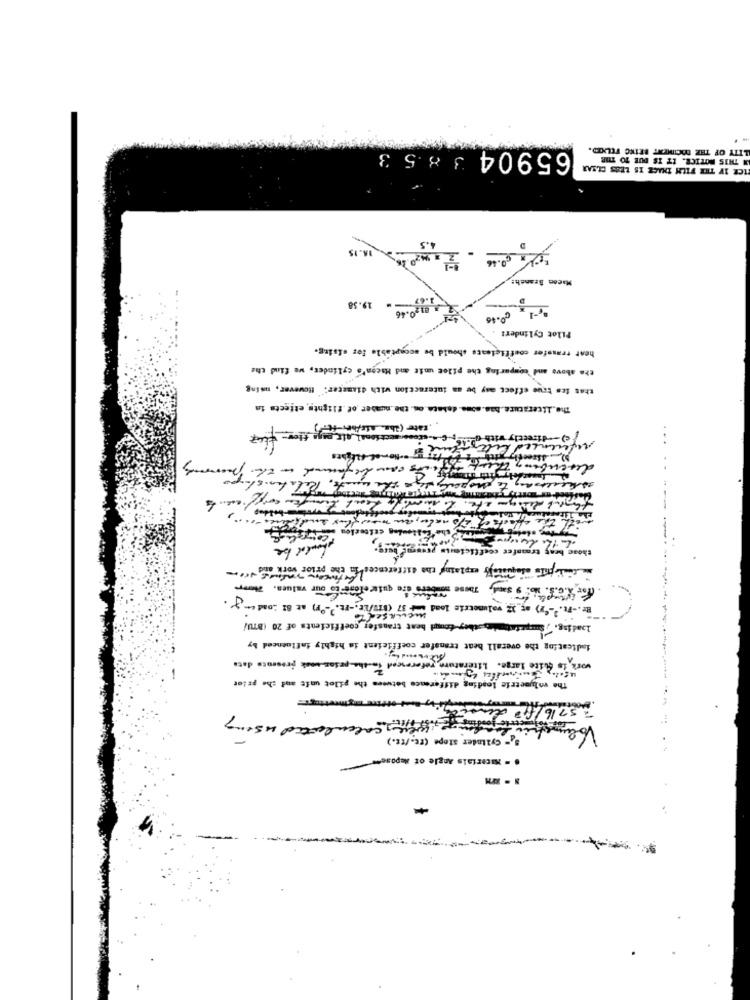
LITY OF THE DOCINNENT BEING FELAID.
65904 385 3
N THIS NOTICE. IT IS DUE TO THE
ICE IV THE FILM IHACE IS LESS CLEAR
4.5
14.15
Macon Branch:
19.58
120.46
60-46
Pilot Cylinder!
heat transfer coefficiente should be acceptable for string.
the above and comparing the pilot unit and Hacen's cylinder, we find the
that les true effect may be an interaction with diameter; However, using
The Literatura.has some debate on the number of flights effects in
Late (ibe. als/her ft.
c)-directly with
referenced
...
of 210 malu, an now flux endale
Callmoins criterion
should be
those bras troanfer
stipule adequately explain the differences in the prior work and
for X.c.S. No. 9 sand, These members are quiteelone to our values. Pharm
Er. - Ft.'-'7) at 12 volumetric load + 37 (BTW/LE .- Ft.)-F) at 81 Loader 8.
laad jag. ",Surpristimesthey-Comt heat transfer coefficients of 20 (BTU/
dadieating the overall heat transfer coefficient is highly influenced by
work is quite large. Literature referenced in-the- pesos cook presente data
The volumetric leading difference between the pilot unfe and che priot
3.5716/60 den
mojaberge , well, calculated using
Volumeti
5- Cylinder stope (rc./tt.)
. - Materials Angle of Mepose